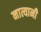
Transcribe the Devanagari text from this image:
नात्यानी